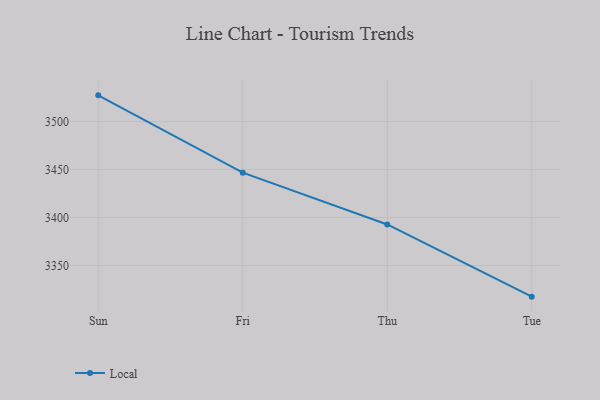
{"axis": {"x": "Day", "y": "Production Output"}, "legend": ["Local"], "data": [{"x": "Sun", "y": 3527.3, "type": "Local"}, {"x": "Fri", "y": 3446.8, "type": "Local"}, {"x": "Thu", "y": 3392.8, "type": "Local"}, {"x": "Tue", "y": 3317.6, "type": "Local"}]}